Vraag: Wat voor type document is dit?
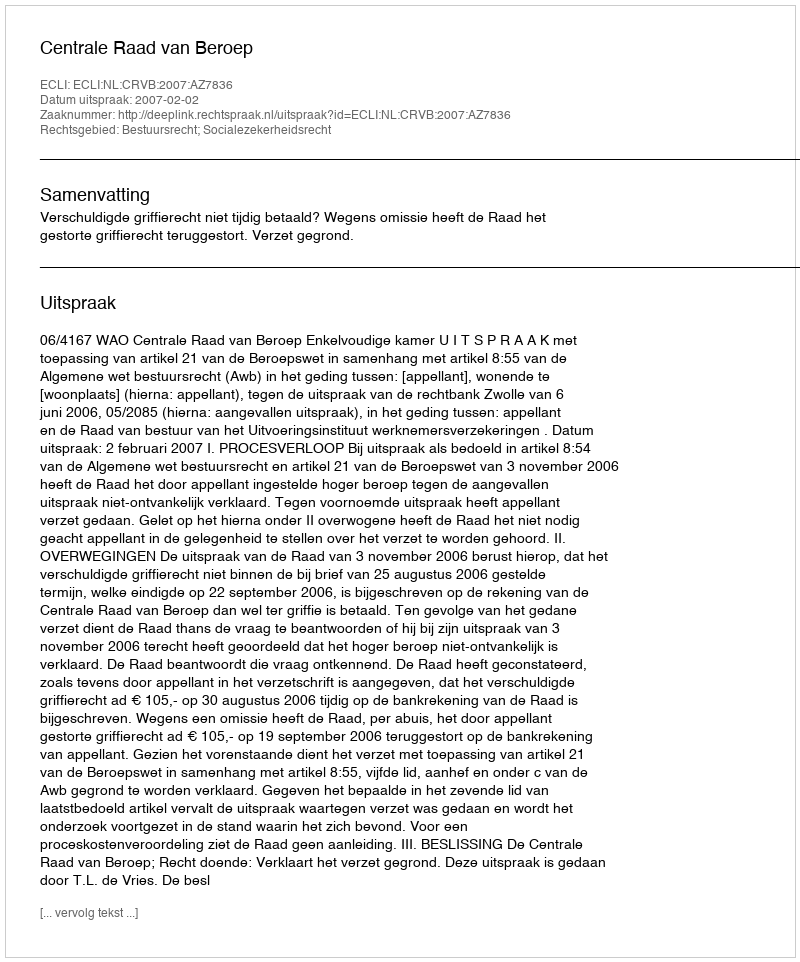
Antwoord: Uitspraak